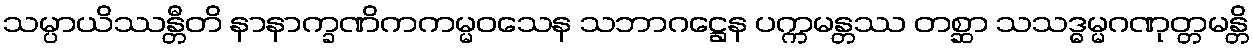
သမ္ပာယိဿန္တီတိ နာနာက္ခဏိကကမ္မဝသေန သဘာဂဋ္ဌေန ပက္ကမန္တဿ တစ္ဆာ သသဒ္ဓမ္မဂဏုတ္တမန္တိ